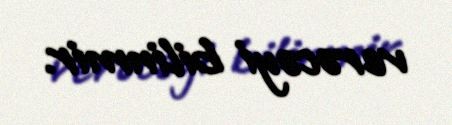
verəcəyi bilinmir.